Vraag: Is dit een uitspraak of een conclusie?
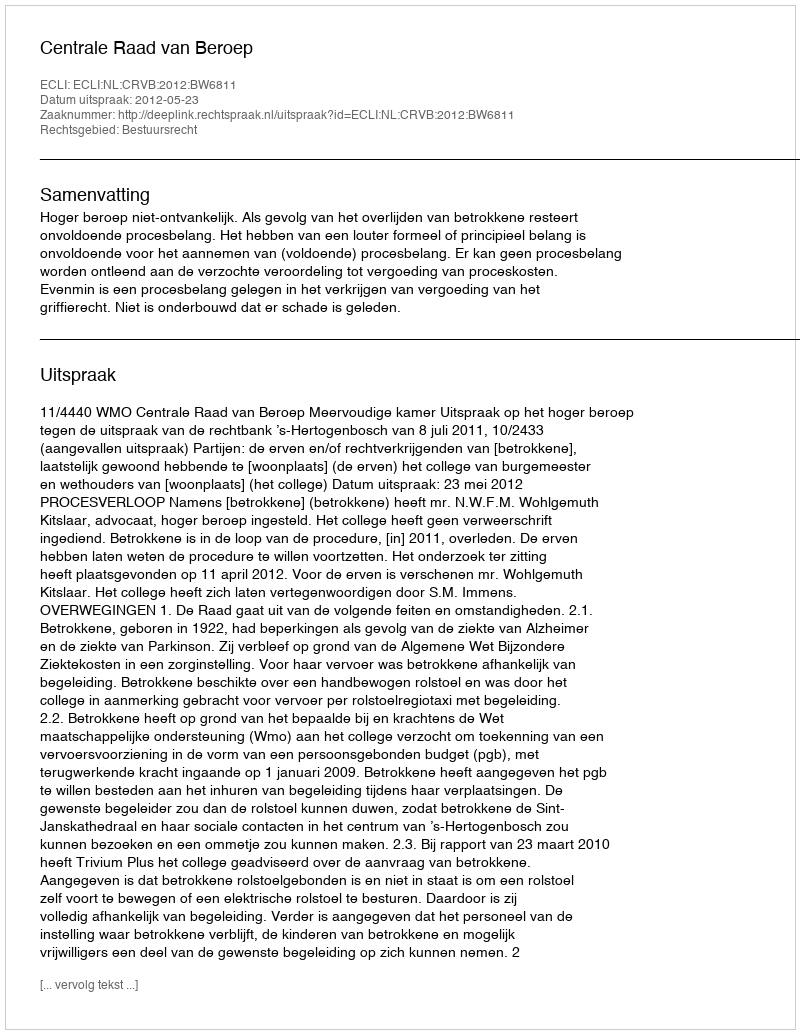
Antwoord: Uitspraak